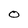
Character: O